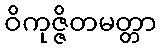
ဝိကုဇ္ဇိတမတ္တာ